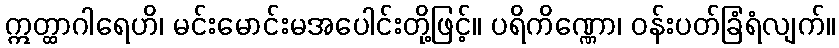
ဣတ္ထာဂါရေဟိ၊ မင်းမောင်းမအပေါင်းတို့ဖြင့်။ ပရိကိဏ္ဏော၊ ဝန်းပတ်ခြံရံလျက်။